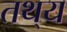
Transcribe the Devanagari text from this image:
तथ्‌य